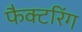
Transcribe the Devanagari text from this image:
फैक्टरिंग